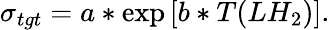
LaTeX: \sigma_{tgt}=a*\exp{[b*T(LH_{2})]}.